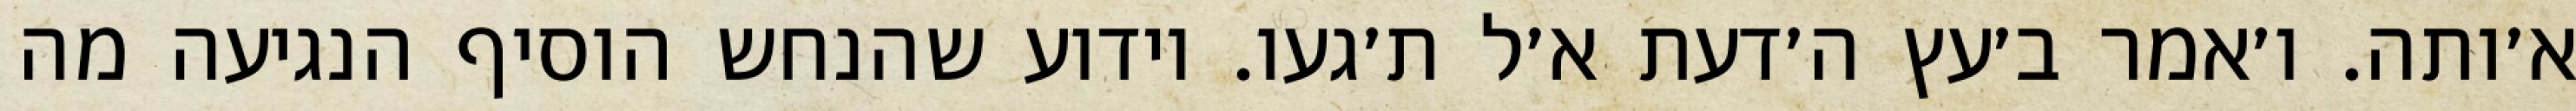
א׳ותה. ו׳אמר ב׳עץ ה׳דעת א׳ל ת׳געו. וידוע שהנחש הוסיף הנגיעה מה